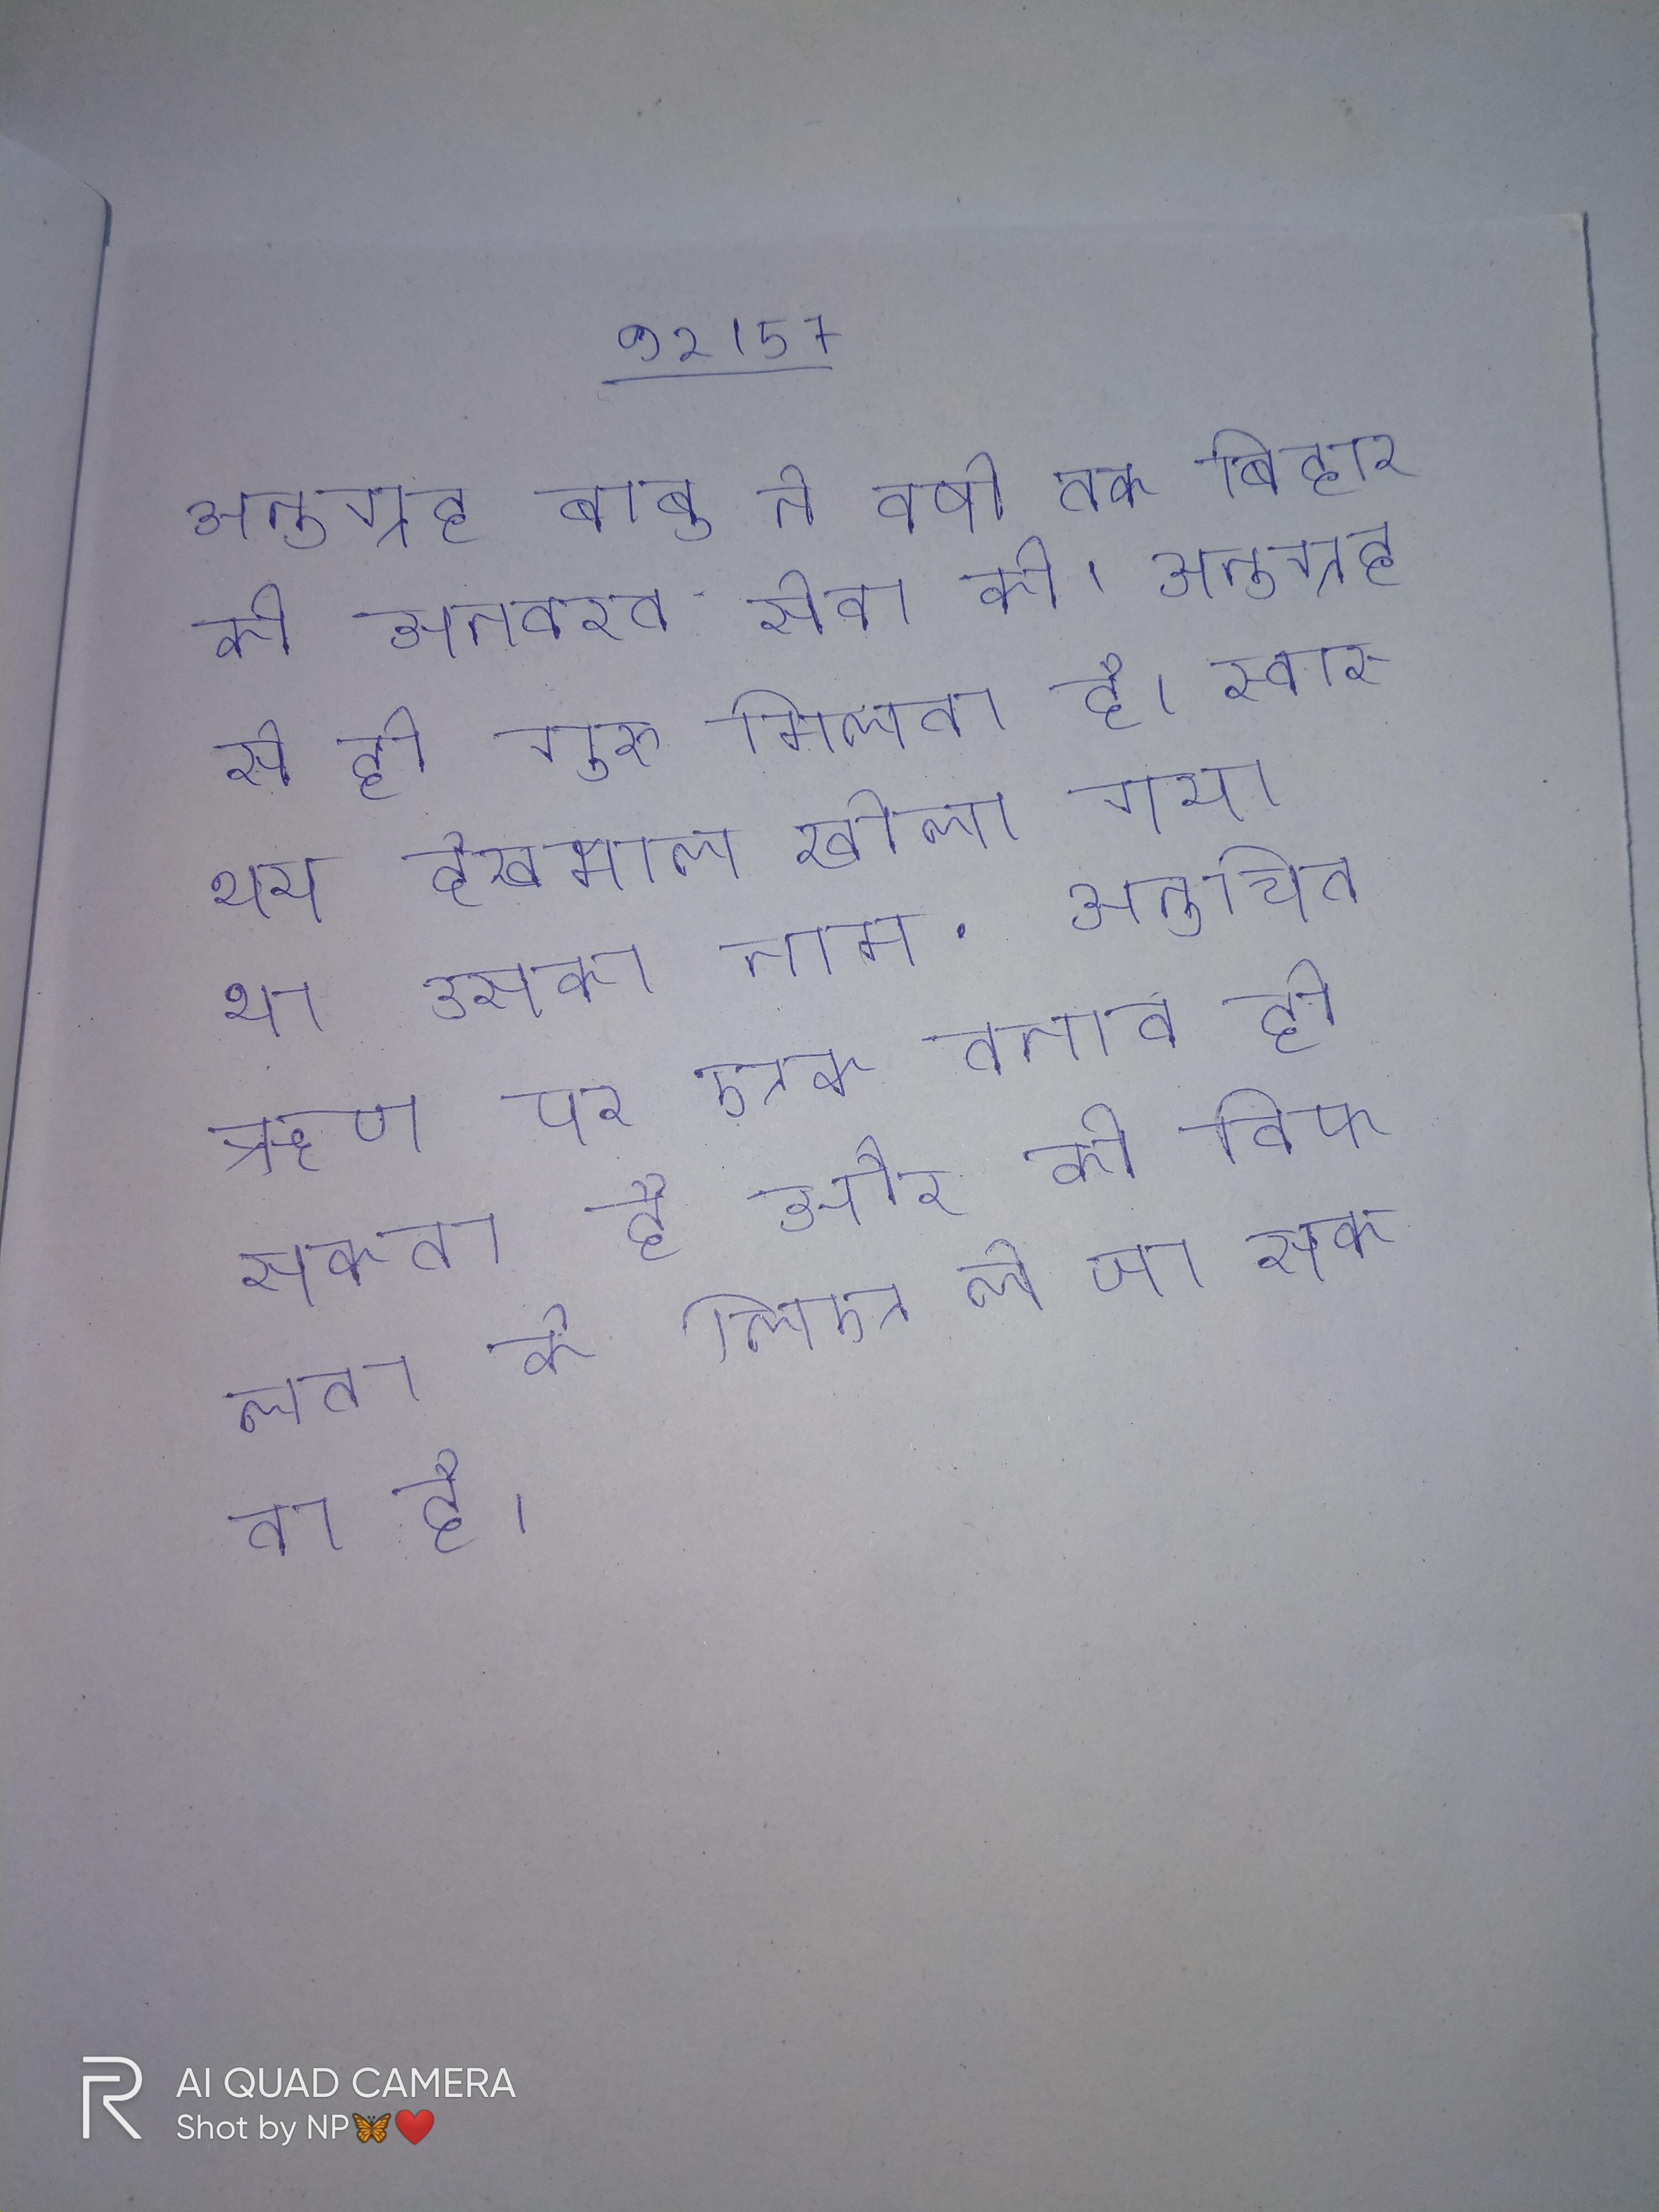
अनुग्रह बाबू ने वर्षो तक बिहार की अनवरत सेवा की । अनुग्रह से ही गुरु मिलता है । स्वास्थ्य देखभाल खोला गया था उसका नाम . अनुचित ऋण पर एक तनाव हो सकता है और की विफलता के लिए ले जा सकता है ।